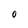
Character: O